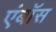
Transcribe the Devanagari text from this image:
एंबॉस